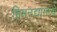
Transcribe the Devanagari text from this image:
हिमनद्यांमध्ये